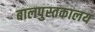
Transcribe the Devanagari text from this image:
बालपुस्तकालय